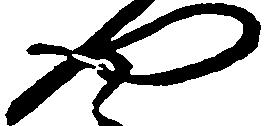
や